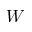
W